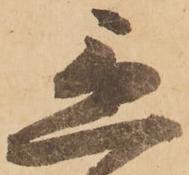
急